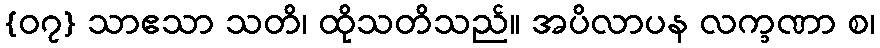
{၀၇} သာဧသာ သတိ၊ ထိုသတိသည်။ အပိလာပန လက္ခဏာ စ၊